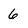
Character: 6